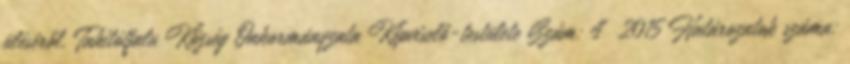
üléséről. Tahitótfalu Község Önkormányzata Képviselő-testülete Szám: 4 2015 Határozatok száma: